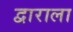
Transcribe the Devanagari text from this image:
द्वाराला